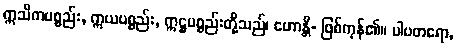
ဣသိကပစ္စည်း, ဣယပစ္စည်း, ဣဋ္ဌပစ္စည်းတို့သည်၊ ဟောန္တိ- ဖြစ်ကုန်၏။ ပါပတရော,